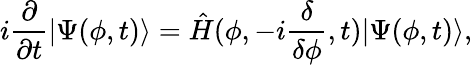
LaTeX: i\frac{\partial}{\partial t}\vert\Psi(\phi,t)\rangle=\hat{H}(\phi,-i\frac{\delta}{\delta\phi},t)\vert\Psi(\phi,t)\rangle,